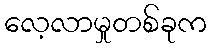
လေ့လာမှုတစ်ခုက